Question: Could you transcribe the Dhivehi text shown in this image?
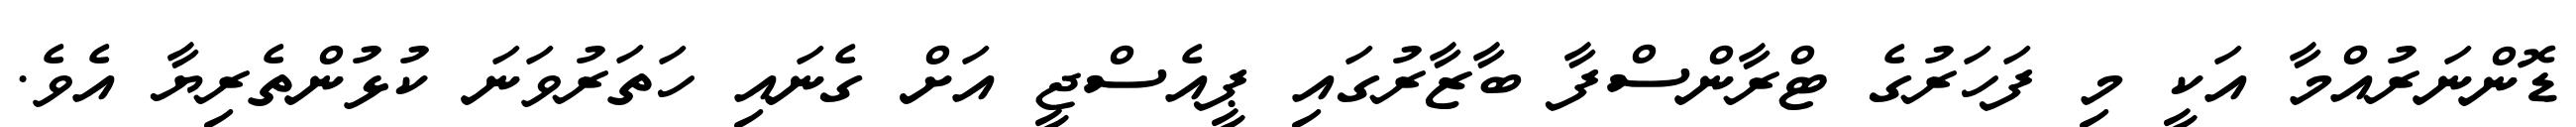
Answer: ޑޮންނަރުއްމާ އަކީ މި ފަހަރުގެ ޓްރާންސްފާ ބާޒާރުގައި ޕީއެސްޖީ އަށް ގެނައި ހަތަރުވަނަ ކުޅުންތެރިޔާ އެވެ.